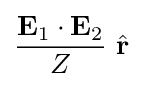
{\frac {\mathbf {E} _{1}\cdot \mathbf {E} _{2}}{Z}}\ {\hat {\mathbf {r} }}\